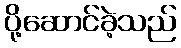
ပို့ဆောင်ခဲ့သည်